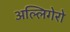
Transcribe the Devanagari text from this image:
अल्लिगेरो